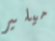
ميلير